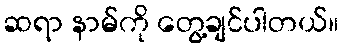
ဆရာ နာမ်ကို တွေ့ချင်ပါတယ်။